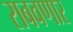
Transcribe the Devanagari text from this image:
राबवणार